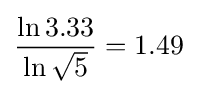
{\frac {\ln 3.33}{\ln {\sqrt {5}}}}=1.49